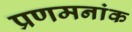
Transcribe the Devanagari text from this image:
प्रणमनांक